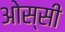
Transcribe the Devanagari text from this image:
ओस्सी